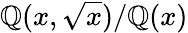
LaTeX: \mathbb{Q}(x,{\sqrt{x}})/\mathbb{Q}(x)